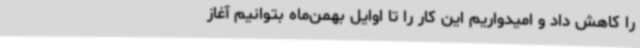
را کاهش داد و امیدواریم این کار را تا اوایل بهمن‌ماه بتوانیم آغاز